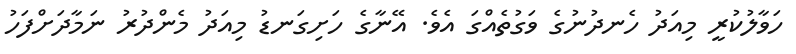
ހަވާލުކުރީ މިއަދު ހެނދުނުގެ ވަގުތެއްގަ އެވެ. އޭނާގެ ހަށިގަނޑު މިއަދު މެންދުރު ނަމާދަށްފަހު